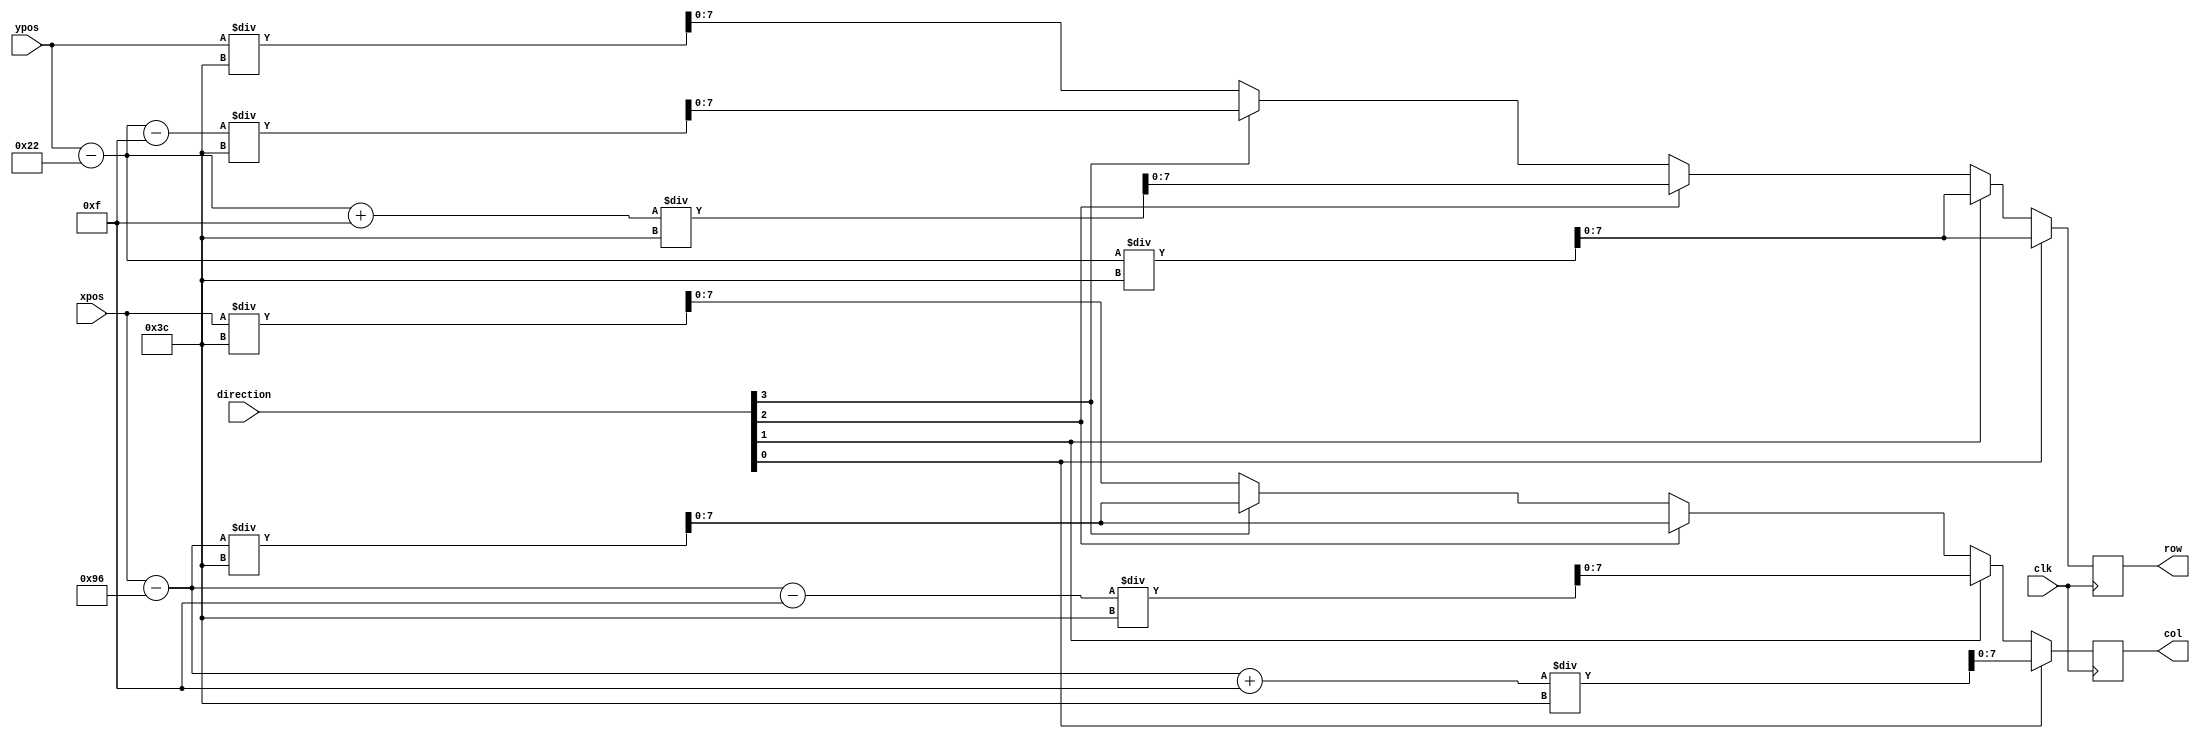
module calculate_move_pos(
    input clk, 
    input wire [9:0] xpos,
    input wire [9:0] ypos,
    
    output reg [7:0] row,
    output reg [7:0] col,
    input wire [3:0] direction
);
    localparam sf = 8'd60;
    localparam total_cols=8'd8;
    localparam s_y=8'd34;
    localparam s_x=8'd150;
    localparam p_w=8'd15;
    localparam p_h=8'd15;

//    reg [7:0] l_row;
//    reg [7:0] l_col;


    always@ (posedge clk) begin 
        // left
        if (direction[0]) begin 
            row <=(ypos-s_y)/sf;
            col <=(xpos-s_x + p_w )/sf;
        end
        // right
        else if (direction[1]) begin
            row <=(ypos-s_y)/sf;
            col <=(xpos-s_x - p_w)/sf;
        end
        // up 
        else if (direction[2]) begin
            row <=(ypos-s_y + p_h)/sf;
            col <=(xpos-s_x)/sf;
        end
        // down
        else if (direction[3]) begin
            row <=(ypos-s_y - p_h)/sf;
            col <=(xpos-s_x)/sf;
        end
        else begin 
            row <= ypos / sf;
            col <= xpos / sf;
        end
    end

endmodule